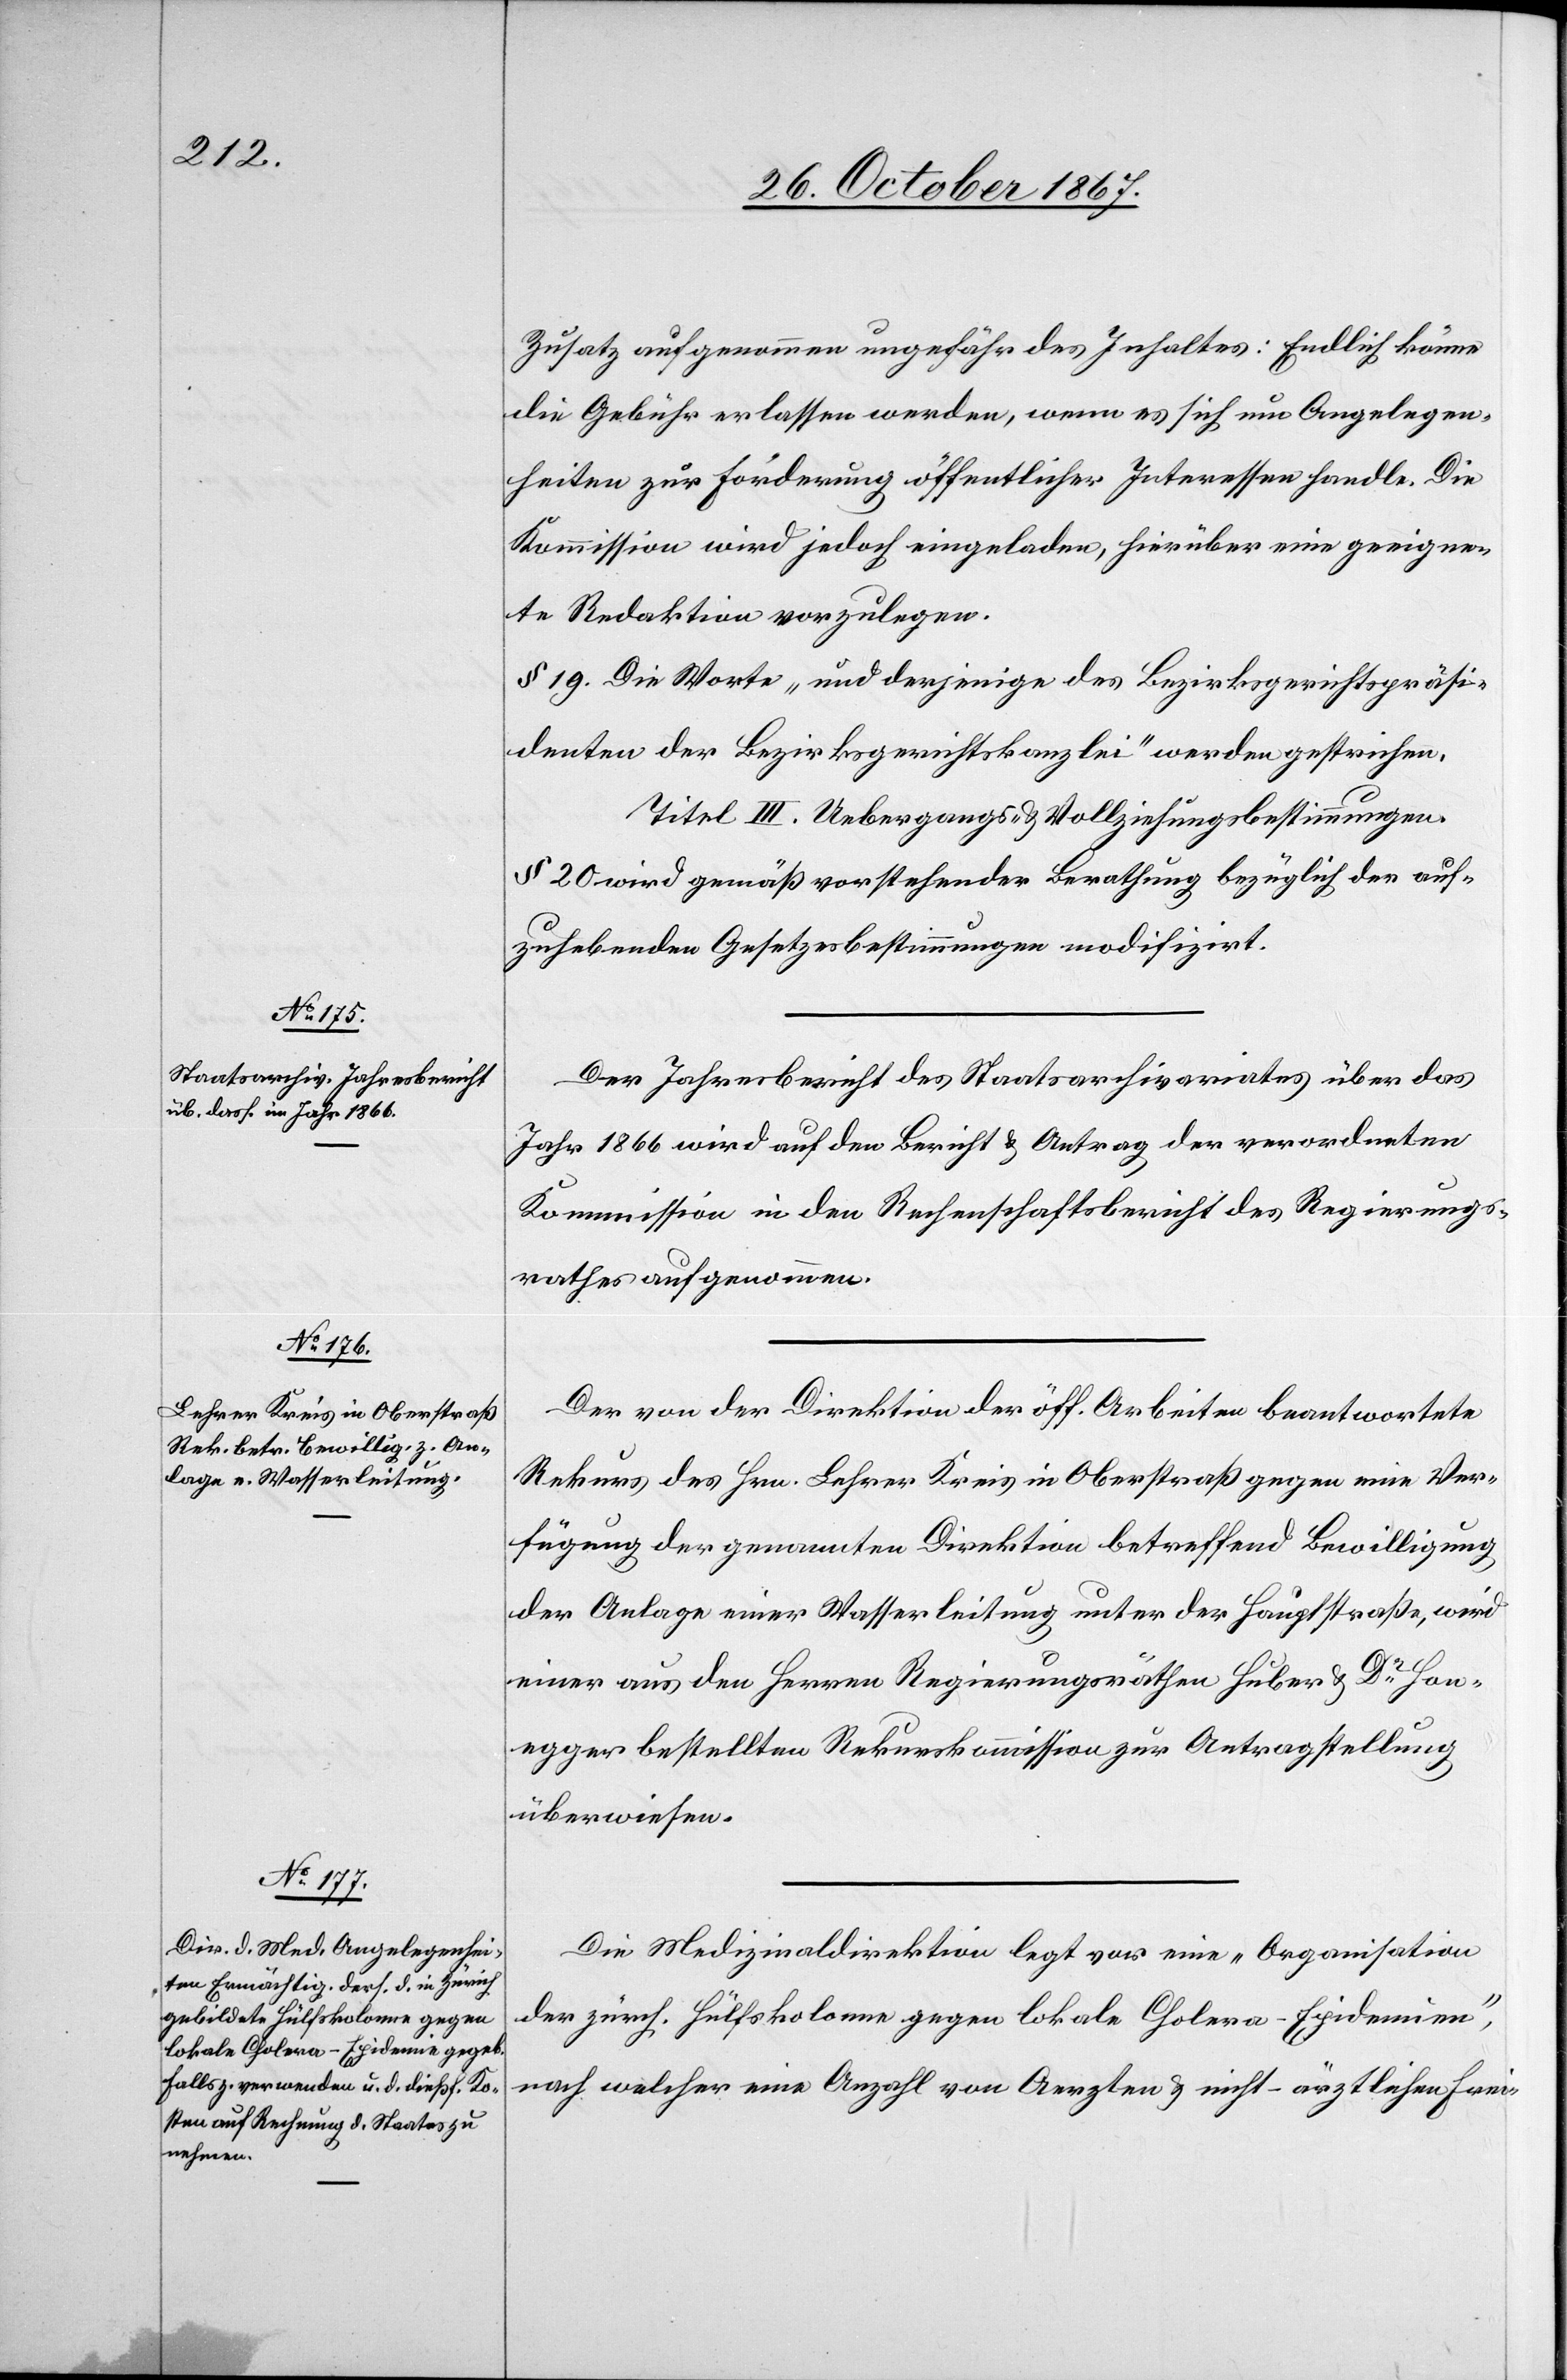
Zusatz aufgenommen ungefähr des Inhaltes: Endlich könne
die Gebühr erlassen werden, wenn es sich um Angelegen¬
heiten zur Förderung öffentlicher Interessen handle. Die
Kommission wird jedoch eingeladen, hierüber eine geeigne¬
te Redaktion vorzulegen.
§ 19. Die Worte „und derjenige des Bezirksgerichtspräsi¬
denten der Bezirksgerichtskanzlei“ werden gestrichen.
Titel III. Uebergangs- u. Vollziehungsbestimmungen.
§ 20 wird gemäß vorstehender Berathung bezüglich der auf¬
zuhebenden Gesetzesbestimmungen modifizirt.
Der Jahresbericht des Staatsarchivariates über das
Jahr 1866 wird auf den Bericht u. Antrag der verordneten
Kommission in den Rechenschaftsbericht des Regierungs¬
rathes aufgenommen.
Der von der Direktion der öff. Arbeiten beantwortete
Rekurs des Hrn. Lehrer Kreis in Oberstraß gegen eine Ver¬
fügung der genannten Direktion betreffend Bewilligung
der Anlage einer Wasserleitung unter der Hauptstraße, wird
einer aus den Herren Regierungsräthen Huber u. Dr Hon¬
egger bestellten Rekurskommission zur Antragstellung
überwiesen.
Die Medizinaldirektion legt vor eine „Organisation
der zürch Hülfskolonne gegen Cholera-Epidemien“,
nach welcher eine Anzahl von Aerzten u. nicht-ärztlichen Frei-